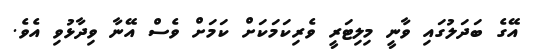
އޭގެ ބަދަލުގައި ވާނީ މިލިޓަރީ ވެރިކަމަކަށް ކަމަށް ވެސް އޭނާ ވިދާޅުވި އެވެ.